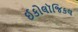
ઈકોલૉજિકલ